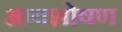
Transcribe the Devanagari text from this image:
आवशोषण